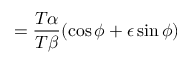
= { \frac { T \alpha } { T \beta } } ( \cos \phi + \epsilon \sin \phi )